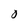
Character: 0